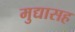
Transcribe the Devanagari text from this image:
मुद्यासह